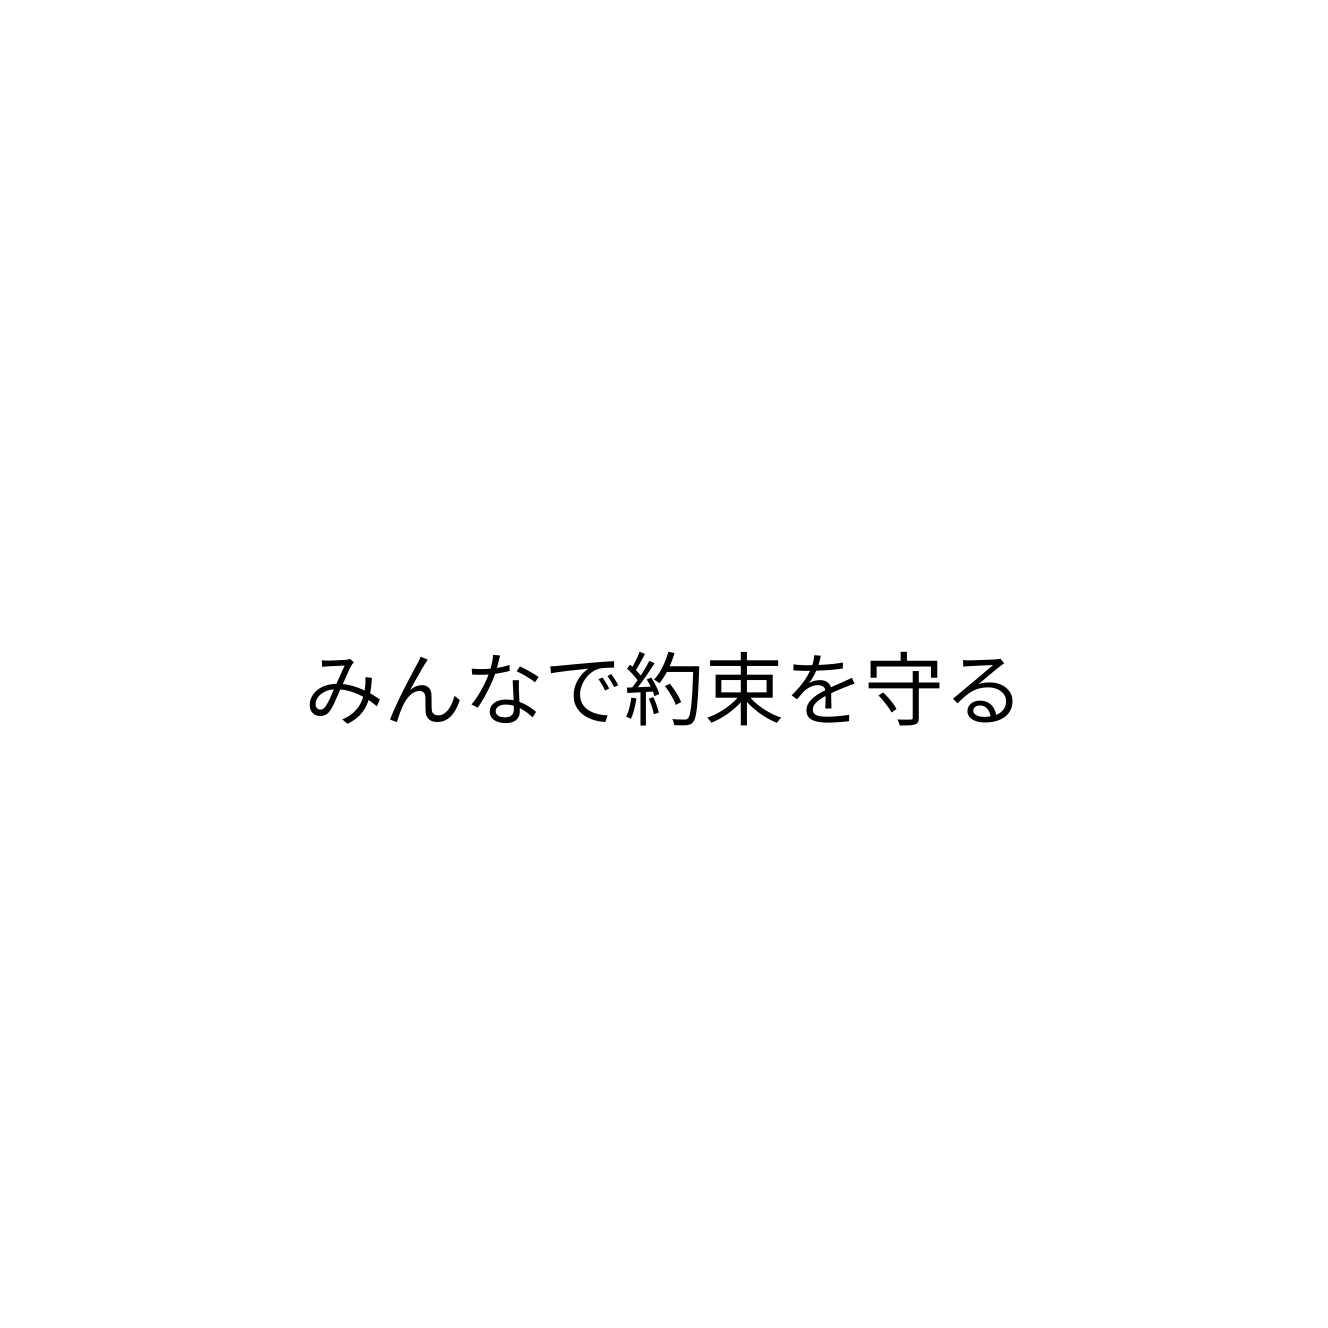
みんなで約束を守る